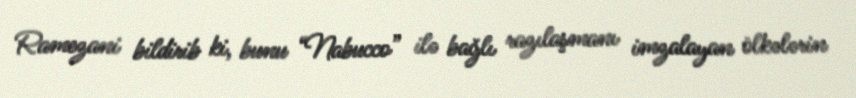
Ramezani bildirib ki, bunu “Nabucco” ilə bağlı razılaşmanı imzalayan ölkələrin